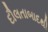
દૌલતાબાદથી